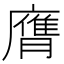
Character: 膺